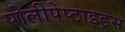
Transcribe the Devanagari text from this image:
पोलीपेप्टाइड्स